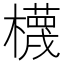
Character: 櫗